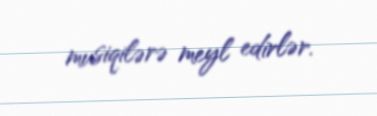
musiqilərə meyl edirlər.